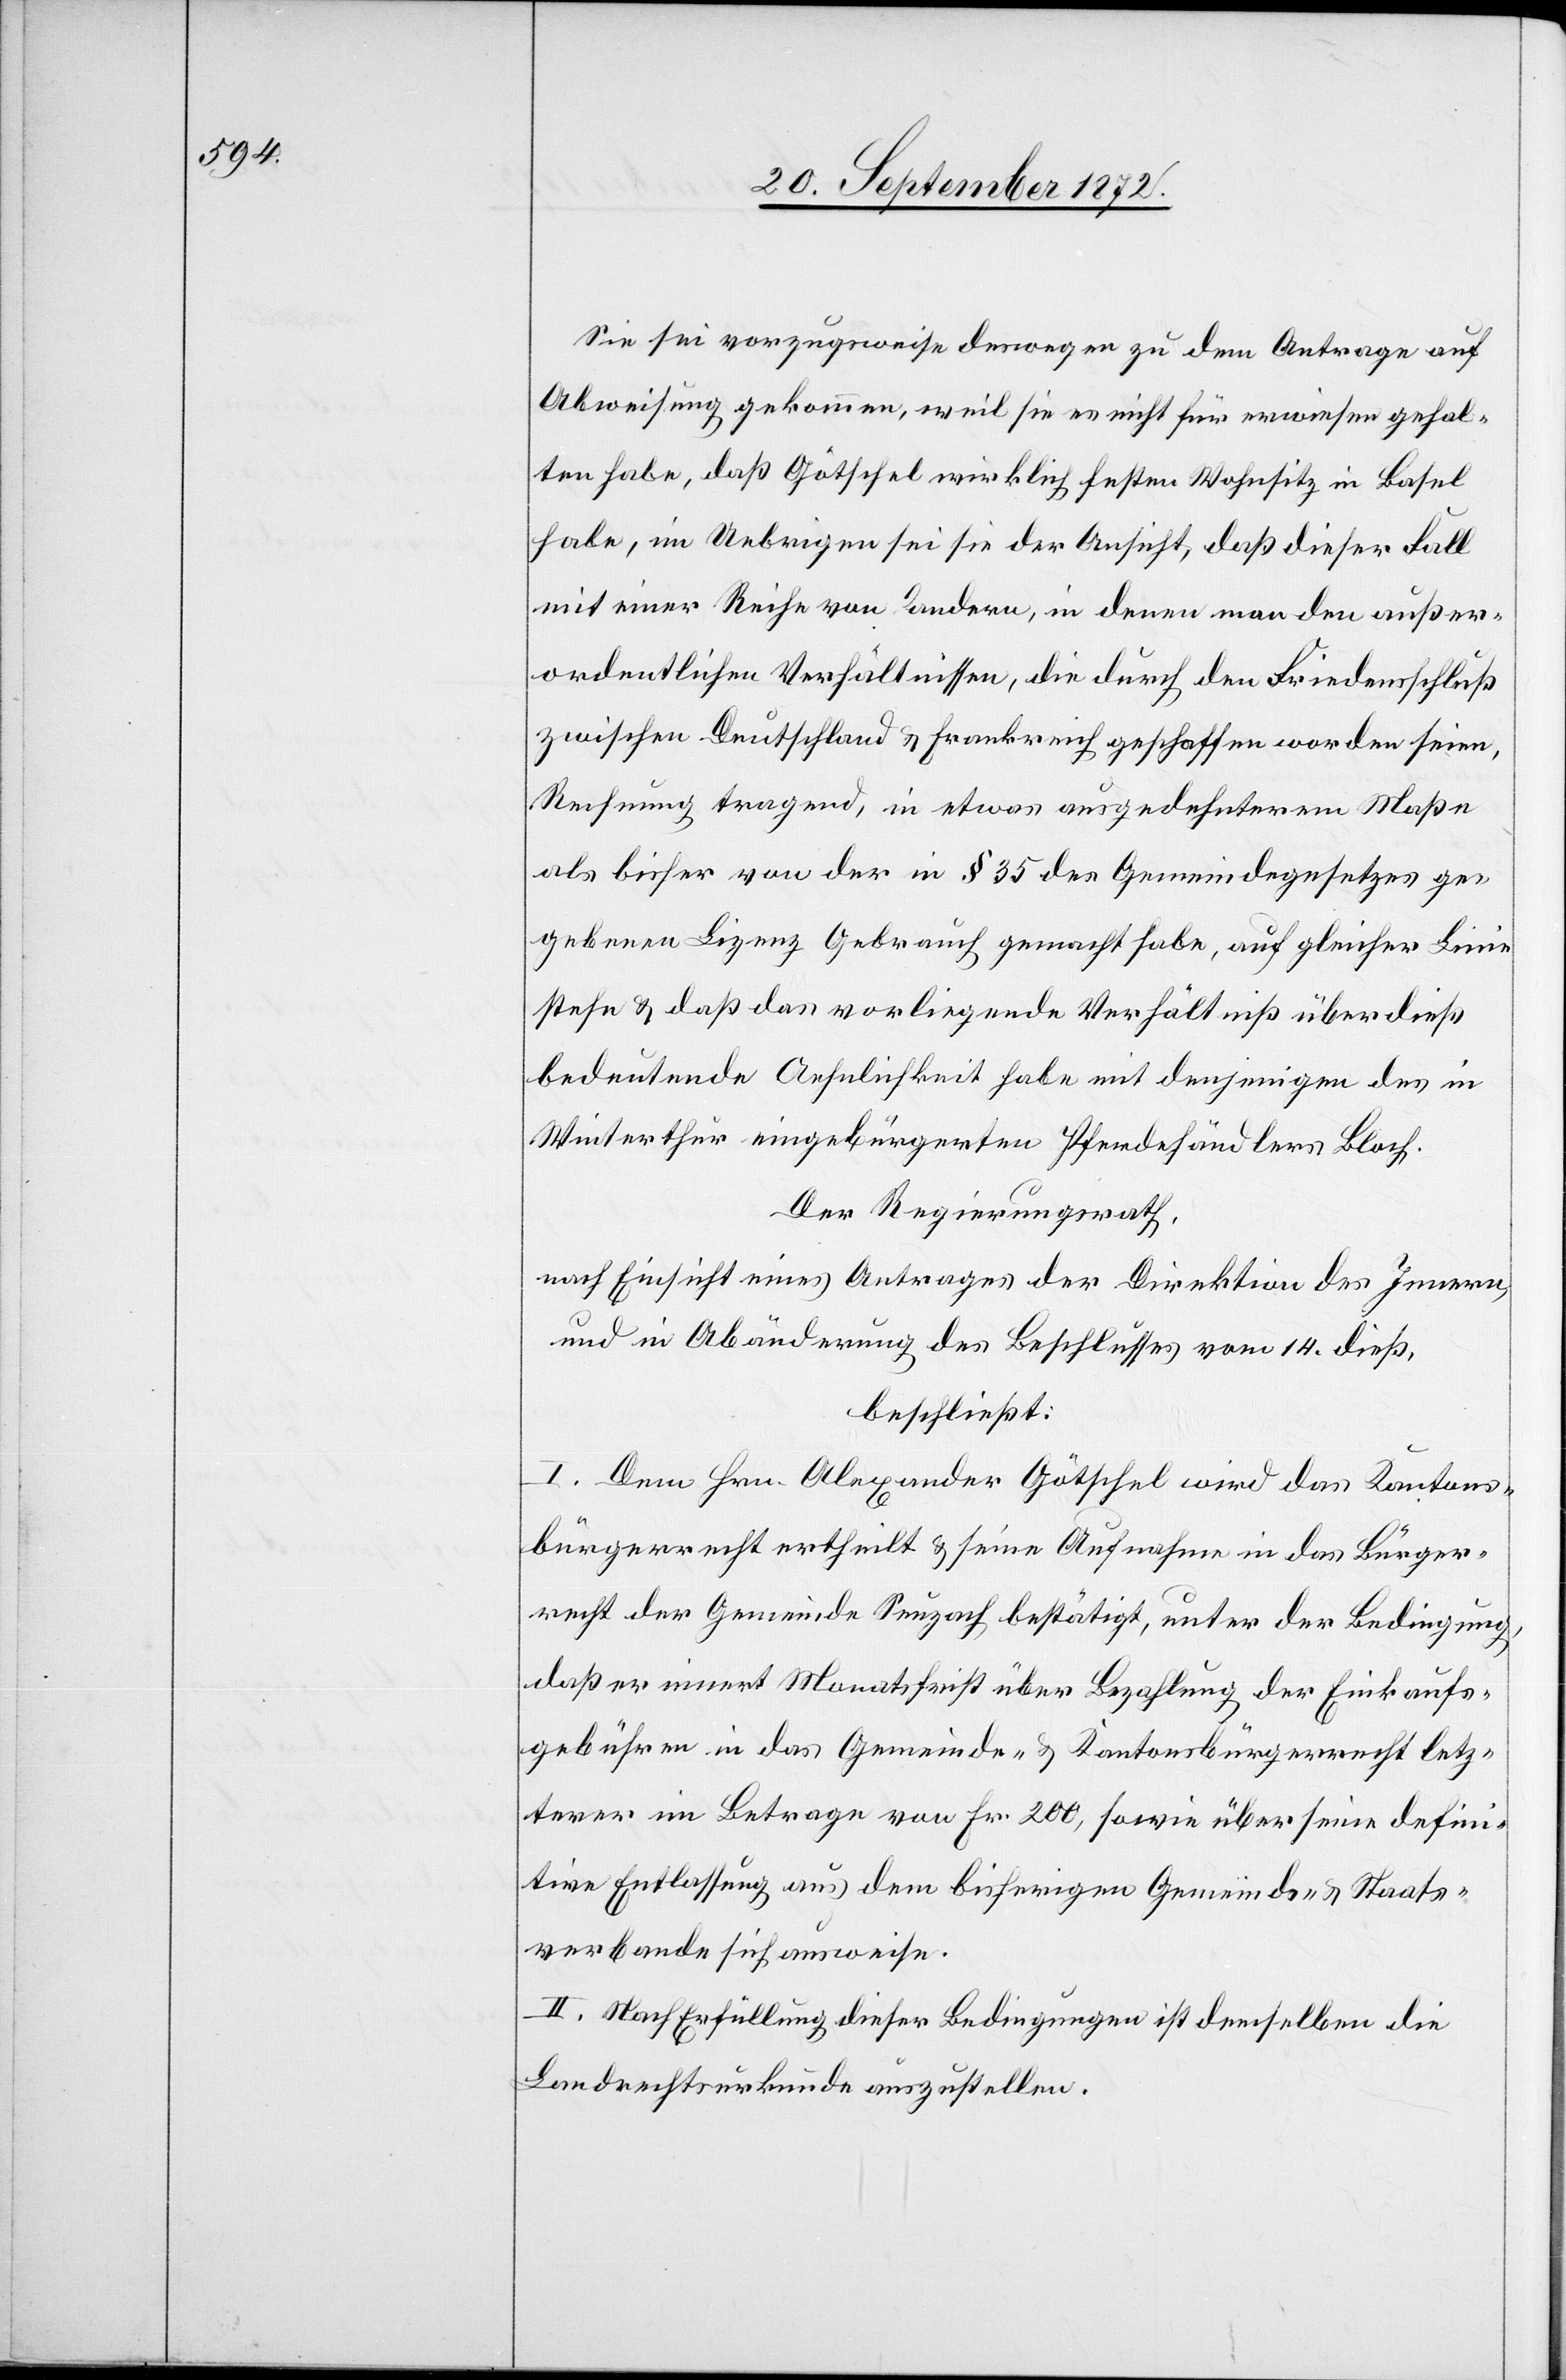
Sie sei vorzugsweise deswegen zu dem Antrage auf
Abweisung gekommen, weil sie es nicht für erwiesen gehal¬
ten habe, daß Götschel wirklich festen Wohnsitz in Basel
habe, im Uebrigen sei sie der Ansicht, daß dieser Fall
mit einer Reihe von andern, in denen man den außer¬
ordentlichen Verhältnissen, die durch den Friedensschluß
zwischen Deutschland u. Frankreich geschaffen worden seien,
Rechnung tragend, in etwas ausgedehnterem Maße
als bisher von der in § 35 des Gemeindegesetzes ge¬
gebenen Lizenz Gebrauch gemacht habe, auf gleicher Linie
stehe u. daß das vorliegende Verhältniß überdieß
bedeutende Ähnlichkeit habe mit denjenigen des in
Winterthur eingebürgerten Pferdehändlers Bloch.
Der Regierungsrath,
nach Einsicht eines Antrages der Direktion des Innern,
und in Abänderung des Beschlusses vom 14. dieß,
beschließt:
I. Dem Hrn. Alexander Götschel wird das Kantons¬
bürgerrecht ertheilt u. seine Aufnahme in das Bürger¬
recht der Gemeinde Seuzach bestätigt, unter der Bedingung,
daß er innert Monatsfrist über Bezahlung der Einkaufs¬
gebühren in das Gemeinde- u. Kantonsbürgerrecht letz¬
terer im Betrage von Fr. 200, sowie über seine defini¬
tive Entlassung aus dem bisherigen Gemeinds- u. Staats¬
verbande sich ausweise.
II. Nach Erfüllung dieser Bedingungen ist demselben die
Landrechtsurkunde auszustellen.